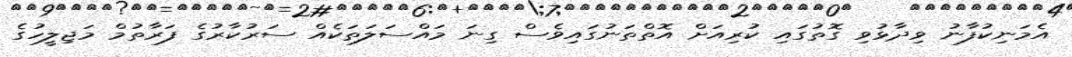
އެމަނިކުފާނު ވިދާޅުވި ގޮތުގައި ކުރިއަށް އޮތްތަނުގައިވެސް ގިނަ މައްސަލަތަކެއް ސަރުކާރުގެ ފަރާތުމް މަޖިލީހުގެ